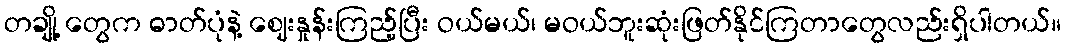
တချို့ တွေက ဓာတ်ပုံနဲ့ ဈေးနှုန်းကြည့်ပြီး ဝယ်မယ်၊ မဝယ်ဘူးဆုံးဖြတ်နိုင်ကြတာတွေလည်းရှိပါတယ်။